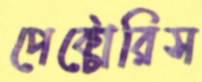
পেক্টোরিস